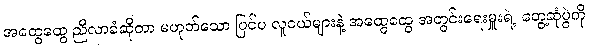
အထွေထွေ ညီလာခံဆိုတာ မဟုတ်သော ပြင်ပ လူငယ်များနဲ့ အထွေထွေ အတွင်းရေးမှူးရဲ့ တွေ့ဆုံပွဲကို